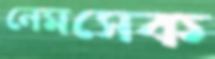
নেমসেক